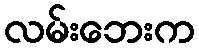
လမ်းဘေးက